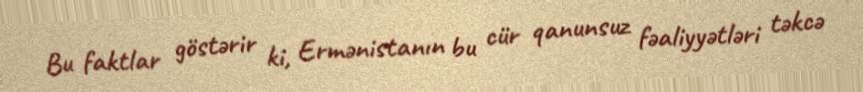
Bu faktlar göstərir ki, Ermənistanın bu cür qanunsuz fəaliyyətləri təkcə